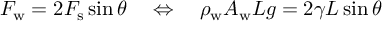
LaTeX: F _ { \mathrm { w } } = 2 F _ { \mathrm { s } } \sin \theta \quad \Leftrightarrow \quad \rho _ { \mathrm { w } } A _ { \mathrm { w } } L g = 2 \gamma L \sin \theta